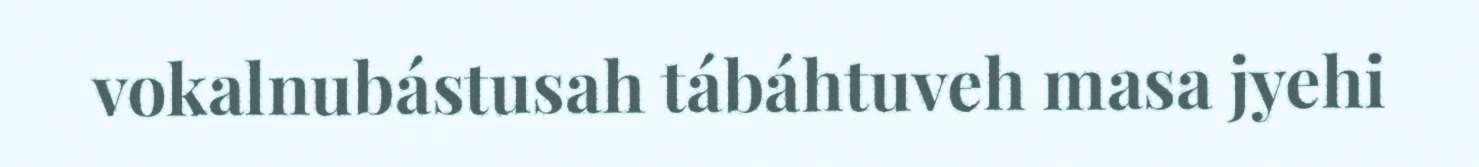
vokalnubástusah tábáhtuveh masa jyehi